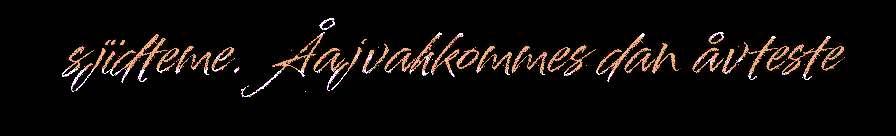
sjïdteme. Åajvahkommes dan åvteste